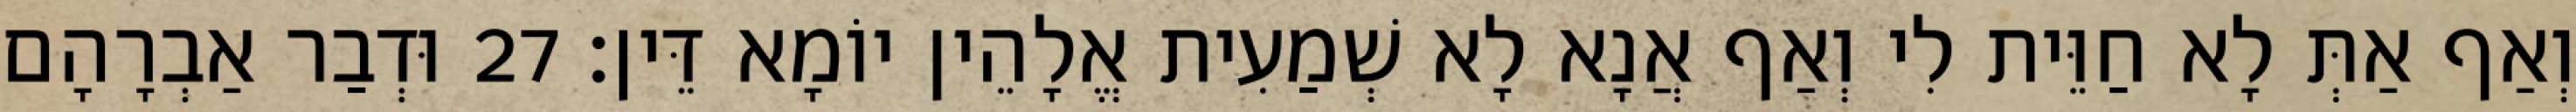
וְאַף אַתְּ לָא חַוֵּית לִי וְאַף אֲנָא לָא שְׁמַעִית אֱלָהֵין יוֹמָא דֵּין׃ 27 וּדְבַר אַבְרָהָם